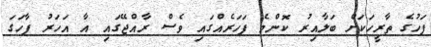
ފަހުގެ ތާރީހަކަށް ބަލާއިރު ކޮންމެ ފަހަރެއްގައި ވެސް ރާއްޖޭގައި އާ އަހަރު ފާހަގަ